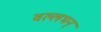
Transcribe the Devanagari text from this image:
वल्लभन्